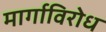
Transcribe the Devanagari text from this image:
मार्गाविरोध